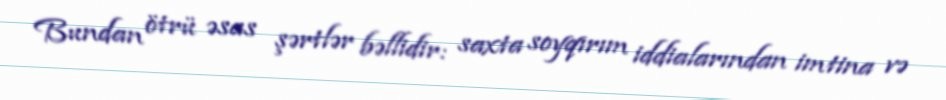
Bundan ötrü əsas şərtlər bəllidir: saxta soyqırım iddialarından imtina və